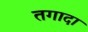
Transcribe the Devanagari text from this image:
तगादा